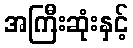
အကြီးဆုံးနှင့်